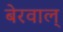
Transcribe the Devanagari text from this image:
बेरवाल्